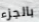
بالجزء